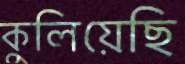
কুলিয়েছি